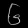
Digit: ၆